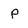
Character: P